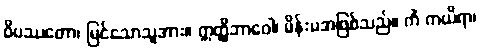
ဝိပဿတော၊ မြင်သောသူအား။ ဣတ္ထိဘာဝေါ၊ မိန်းမအဖြစ်သည်။ ကိံ ကယိရာ၊